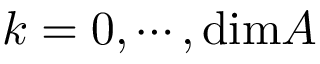
k = 0 , \cdots , \mathrm { d i m } A